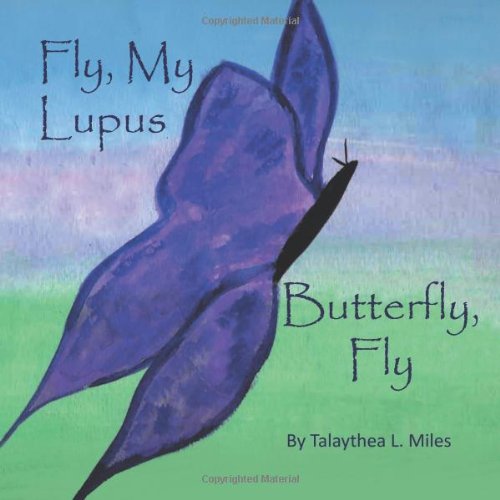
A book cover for Fly, My Lupus Butterfly, Fly; Talaythea L. Miles; Health, Fitness & Dieting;